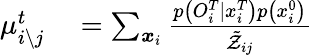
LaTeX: \begin{array}{rl}{\mu_{i\setminus j}^{t}}&{{}=\sum_{\boldsymbol{x}_{i}}\frac{p\left({O}_{i}^{T}\mid x_{i}^{T}\right)p\left(x_{i}^{0}\right)}{\tilde{\mathcal{Z}}_{ij}}}\end{array}